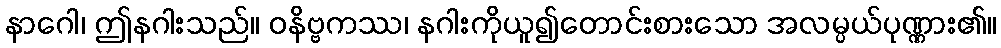
နာဂေါ၊ ဤနဂါးသည်။ ဝနိဗ္ဗကဿ၊ နဂါးကိုယူ၍တောင်းစားသော အလမ္ပယ်ပုဏ္ဏား၏။